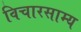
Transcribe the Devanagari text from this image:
विचारसाम्य